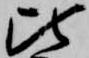
比